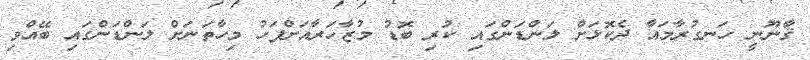
ޤާނޫނީ ހަނގުރާމައާ ދެކޮޅަށް ލަންޑަންގައި ކުރި ބޮޑު މުޒާހަރާއަށްފަހު މިހާތަނަށް ލަންޑަންގައި ބޭއްވި